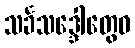
သင်္ခသဒ္ဒေါတွေဝ